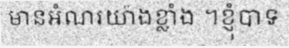
មានអំណរយ៉ាងខ្លាំង ។ខ្ញុំបាទ